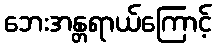
ဘေးအန္တရာယ်ကြောင့်